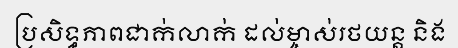
ប្រសិទ្ធភាពជាក់លាក់ ដល់ម្ចាស់រថយន្ត និង